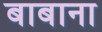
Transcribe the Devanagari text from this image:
बाबाना